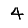
Digit: 4